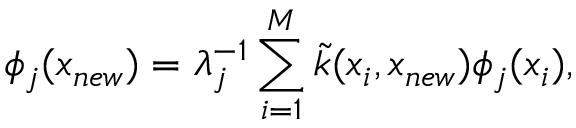
\phi _ { j } ( x _ { n e w } ) = \lambda _ { j } ^ { - 1 } \sum _ { i = 1 } ^ { M } \tilde { k } ( x _ { i } , x _ { n e w } ) \phi _ { j } ( x _ { i } ) ,